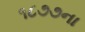
૧૮૭૭ના